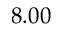
8 . 0 0